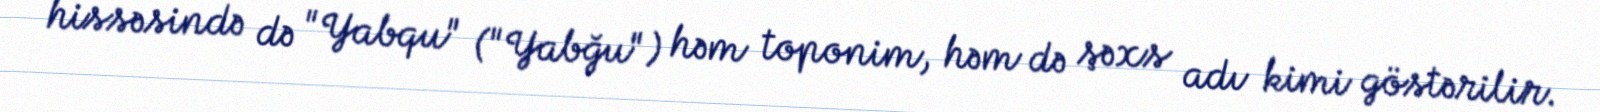
hissəsində də "Yabqu" ("Yabğu") həm toponim, həm də şəxs adı kimi göstərilir.